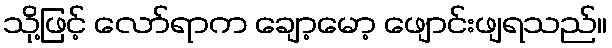
သို့ဖြင့် လော်ရာက ချော့မော့ ဖျောင်းဖျရသည်။